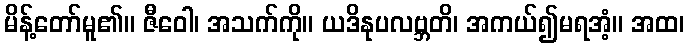
မိန့်တော်မူ၏။ ဇီဝေါ၊ အသက်ကို။ ယဒိနုပလဗ္ဘတိ၊ အကယ်၍မရအံ့။ အထ၊